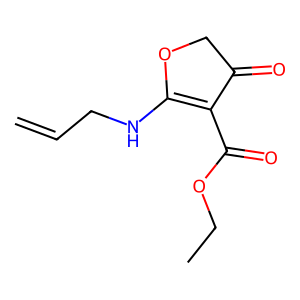
SMILES: C=CCNC1=C(C(=O)OCC)C(=O)CO1
Inhibits HIV replication: No